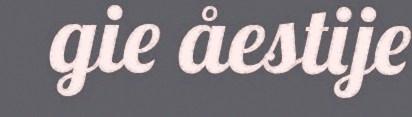
gie åestije